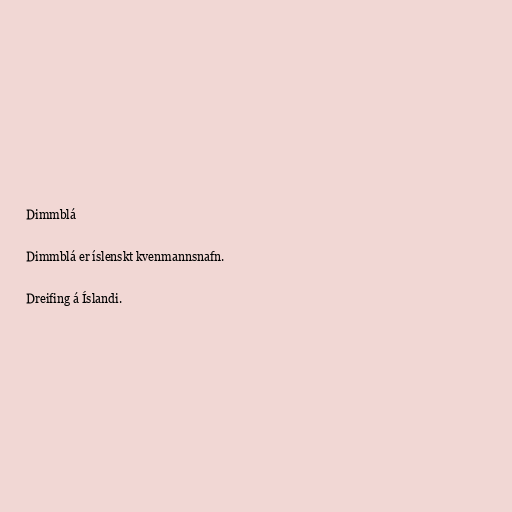
Dimmblá

Dimmblá er íslenskt kvenmannsnafn.

Dreifing á Íslandi.